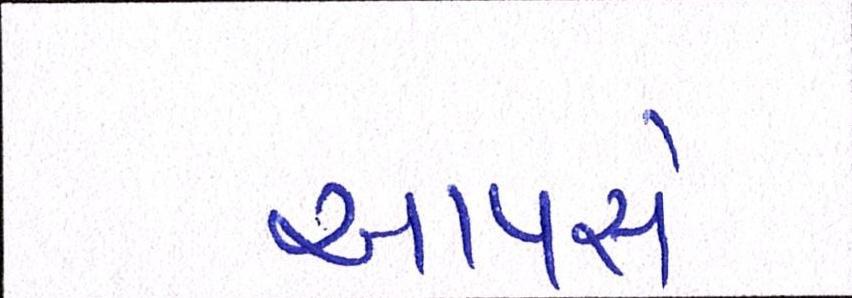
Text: આપસે